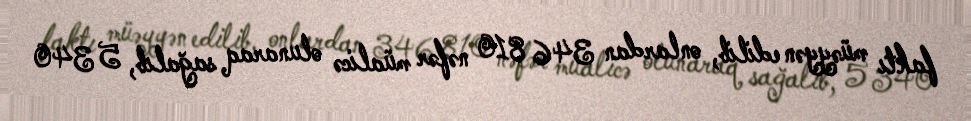
faktı müəyyən edilib, onlardan 346 810 nəfər müalicə olunaraq sağalıb, 5 340